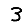
Digit: 3